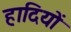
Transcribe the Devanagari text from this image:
हादियों